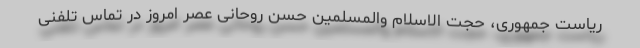
ریاست جمهوری، حجت الاسلام والمسلمین حسن روحانی عصر امروز در تماس تلفنی